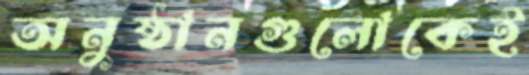
অনুষ্ঠানগুলোকেই